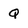
Character: Q